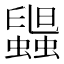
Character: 𧓟